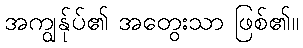
အကျွန်ုပ်၏ အတွေးသာ ဖြစ်၏။